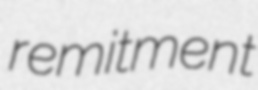
remitment